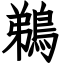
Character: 鵜